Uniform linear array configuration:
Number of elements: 8
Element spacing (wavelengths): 0.75
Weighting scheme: uniform
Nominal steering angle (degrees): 15
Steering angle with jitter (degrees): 16.215
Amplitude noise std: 0.05
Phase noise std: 0.05

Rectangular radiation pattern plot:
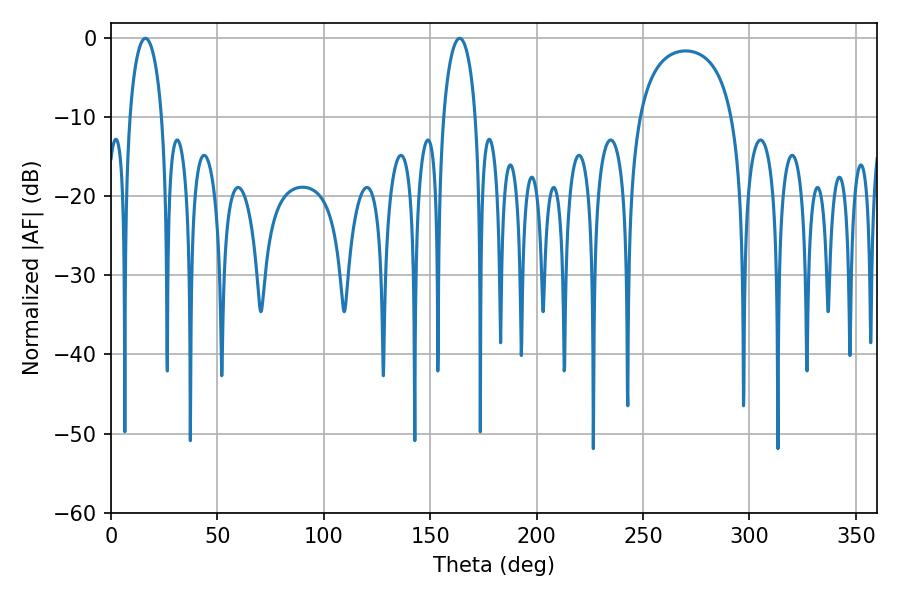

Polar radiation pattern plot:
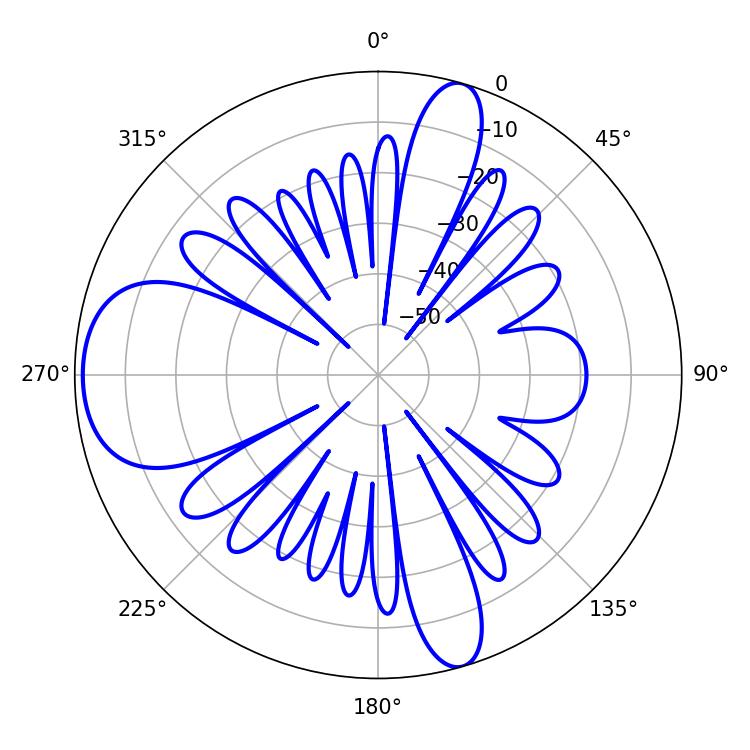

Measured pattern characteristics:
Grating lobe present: TRUE
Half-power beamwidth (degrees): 8.64
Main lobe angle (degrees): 16.2